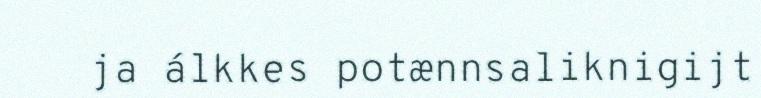
ja álkkes potænnsaliknigijt